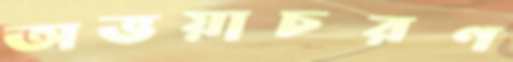
অভয়াচরণ